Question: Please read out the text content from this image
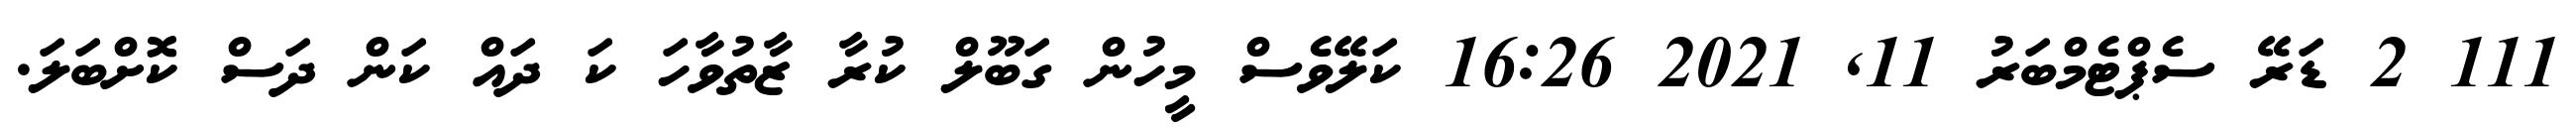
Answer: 111 2 ޑަރޭ ސެޕްޓެމްބަރު 11, 2021 16:26 ކަލޭވެސް މީހުން ގަބޫލް ކުރާ ޒާތުވާހަ ކަ ދައް ކަން ދަސް ކޮށްބަލަ.